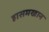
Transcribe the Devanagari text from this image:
हासमखान